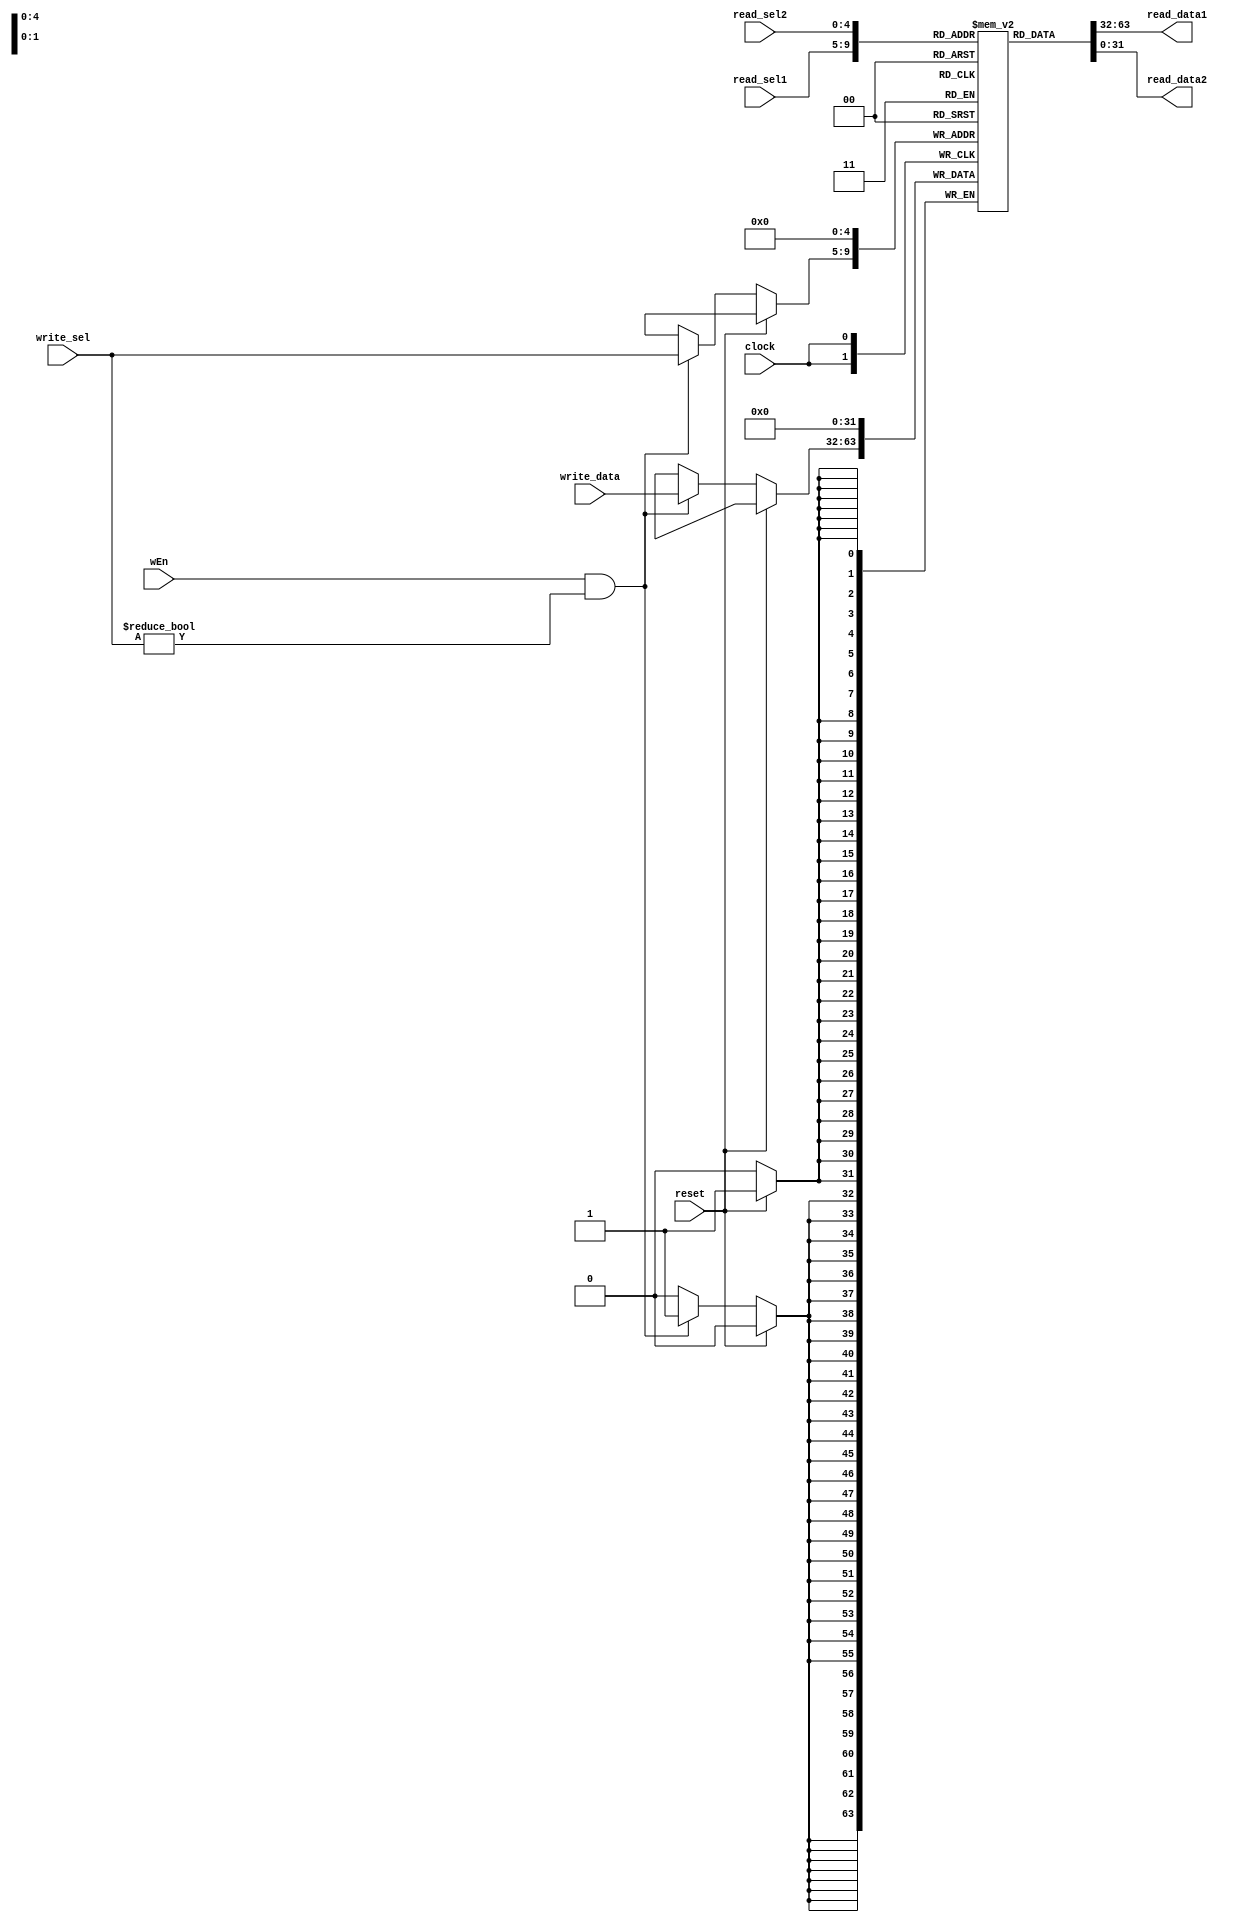

/** @module : regFile
 *  @author : Behzad Davoodnia
 
 *  Copyright (c) 2010 Heracles (CSG/CSAIL/MIT)
 *  Permission is hereby granted, free of charge, to any person obtaining a copy
 *  of this software and associated documentation files (the "Software"), to deal
 *  in the Software without restriction, including without limitation the rights
 *  to use, copy, modify, merge, publish, distribute, sublicense, and/or sell
 *  copies of the Software, and to permit persons to whom the Software is
 *  furnished to do so, subject to the following conditions:
 *  The above copyright notice and this permission notice shall be included in
 *  all copies or substantial portions of the Software.

 *  THE SOFTWARE IS PROVIDED "AS IS", WITHOUT WARRANTY OF ANY KIND, EXPRESS OR
 *  IMPLIED, INCLUDING BUT NOT LIMITED TO THE WARRANTIES OF MERCHANTABILITY,
 *  FITNESS FOR A PARTICULAR PURPOSE AND NONINFRINGEMENT. IN NO EVENT SHALL THE
 *  AUTHORS OR COPYRIGHT HOLDERS BE LIABLE FOR ANY CLAIM, DAMAGES OR OTHER
 *  LIABILITY, WHETHER IN AN ACTION OF CONTRACT, TORT OR OTHERWISE, ARISING FROM,
 *  OUT OF OR IN CONNECTION WITH THE SOFTWARE OR THE USE OR OTHER DEALINGS IN
 *  THE SOFTWARE.
 */

// Parameterized register file
module regFile #(parameter REG_DATA_WIDTH = 32, REG_SEL_BITS = 5) (
				clock, reset, read_sel1, read_sel2,
				wEn, write_sel, write_data, 
				read_data1, read_data2
);

input clock, reset, wEn; 
input [REG_DATA_WIDTH-1:0] write_data;
input [REG_SEL_BITS-1:0] read_sel1, read_sel2, write_sel;
output[REG_DATA_WIDTH-1:0] read_data1; 
output[REG_DATA_WIDTH-1:0] read_data2; 

(* ram_style = "distributed" *) 
reg   [REG_DATA_WIDTH-1:0] register_file[0:(1<<REG_SEL_BITS)-1];
integer i; 

always @(posedge clock)
	if(reset==1)
		register_file[0] <= 0; 
	else 
	    if (wEn & write_sel != 0) register_file[write_sel] <= write_data;
	      
//----------------------------------------------------
// Drive the outputs
//----------------------------------------------------
assign  read_data1 = register_file[read_sel1];
assign  read_data2 = register_file[read_sel2];

endmodule